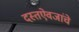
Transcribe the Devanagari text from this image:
दस्तऐवजांचे